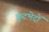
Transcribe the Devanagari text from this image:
कूटभेदों